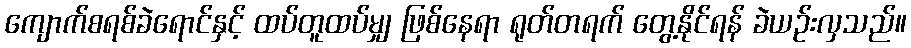
ကျောက်စရစ်ခဲရောင်နှင့် ထပ်တူထပ်မျှ ဖြစ်နေရာ ရုတ်တရက် တွေ့နိုင်ရန် ခဲယဉ်းလှသည်။